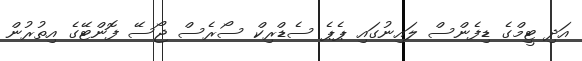
އަދި ޓީމްގެ ޑިފެންސް ލައިނުގައި ޕެޕެ ސެޑްރިކް ސޯރެސް ޖޯސޭ ފޮންޓޭގެ އިތުރުން